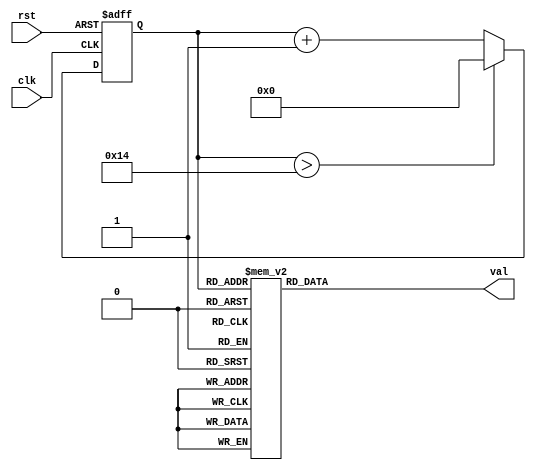
module soundgen(
	clk,
	rst,
	val
);



	input clk;
	input rst;
	output reg [31:0] val;
	
	reg [4:0] addr;
	initial addr = 5'b0;
	initial val = 0;

	always@(posedge clk or negedge rst) begin
		if(!rst)
			addr <= 5'b0;
		else if (addr > 5'd20)
			addr  <= 0;
		else
			addr <= addr + 1'b1;
	end
	
	always@(*) begin
		case(addr)
			0 : val = 191130 ;
			1 : val = 170241 ;
			2 : val = 151689 ;
			3 : val = 143183 ;
			4 : val = 127550 ;
			5 : val = 113635 ;
			6 : val = 101234 ;
			7 : val = 95546  ;
			8 : val = 85134  ;
			9 : val = 75837  ;
			10: val = 71581  ;
			11: val = 63775  ;
			12: val = 56817  ;
			13: val = 50617  ;
			14: val = 47823  ;
			15: val = 42563  ;
			16: val = 37921  ;
			17: val = 35793  ;
			18: val = 31887  ;
			19: val = 28408  ;
			20: val = 25309  ;
			default : val = 191130;
		endcase
	end
		
	
	
	
endmodule